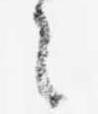
之